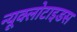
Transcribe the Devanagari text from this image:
न्यूक्लोटाइडस